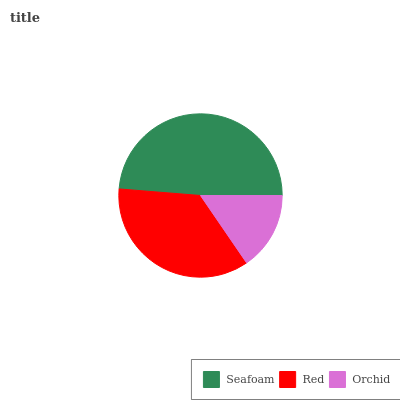
| Seafoam | Red | Orchid |
 | --- | --- | --- |
 | 48.7% | 35.8% | 15.4% |